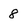
Character: 8